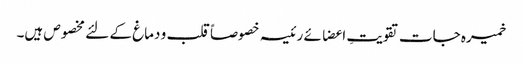
خمیرہ جات تقویتِ اعضائے رئیسہ خصوصاً قلب و دماغ کے لئے مخصوص ہیں۔